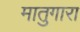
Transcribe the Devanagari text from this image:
मातुगारा